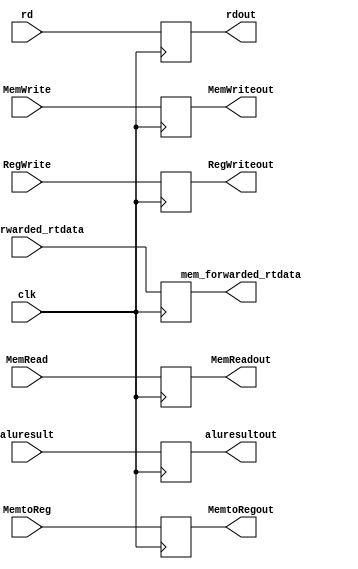
`timescale 1ns / 1ps
//////////////////////////////////////////////////////////////////////////////////
// Company: 
// Engineer: 
// 
// Design Name: 
// Module Name: EXMEM
// Project Name: 
// Target Devices: 
// Tool Versions: 
// Description: 
// 
// Dependencies: 
// 
// Revision:
// Revision 0.01 - File Created
// Additional Comments:
// 
//////////////////////////////////////////////////////////////////////////////////


module EXMEM(
    input clk,
    input [31:0] aluresult,
    input [4:0] rd,
    input MemRead,
    input MemtoReg,
    input MemWrite,
    input RegWrite,
    input [31:0] ex_forwarded_rtdata,
    output reg [31:0] aluresultout,
    output reg [4:0] rdout,
    output reg MemReadout,
    output reg MemtoRegout,
    output reg MemWriteout,
    output reg RegWriteout,
    output reg [31:0] mem_forwarded_rtdata
    );
    initial #0 begin 
        aluresultout <= 32'b0;        
        rdout <= 5'b0;        
        MemReadout <= 0;        
        MemtoRegout <= 0;        
        MemWriteout <= 0;        
        RegWriteout <= 0;        
        mem_forwarded_rtdata <= 32'b0;
    end
    always@(posedge clk)begin  
        aluresultout <= aluresult;
        rdout <= rd;
        MemReadout <= MemRead;
        MemtoRegout <= MemtoReg;
        MemWriteout <= MemWrite;
        RegWriteout <= RegWrite;  
        mem_forwarded_rtdata <= ex_forwarded_rtdata;
    end
endmodule